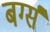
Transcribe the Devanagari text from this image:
बर्ग्स